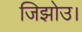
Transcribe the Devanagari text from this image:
जिझोउ।